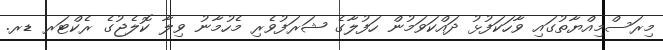
މިރަސްމިއްޔާތުގައި ވާހަކަފުޅު ދައްކަވަމުން ހަފުލާގެ ޝަރަފުވެރި މެހުމާނު ވިލާ ކޮލެޖުގެ ރެކްޓަރ ޑރ.